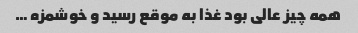
همه چیز عالی بود غذا به موقع رسید و خوشمزه …